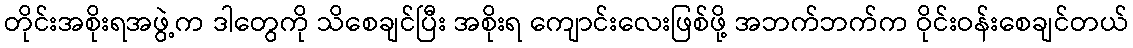
တိုင်းအစိုးရအဖွဲ့က ဒါတွေကို သိစေချင်ပြီး အစိုးရ ကျောင်းလေးဖြစ်ဖို့ အဘက်ဘက်က ဝိုင်းဝန်းစေချင်တယ်